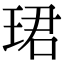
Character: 珺